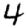
Digit: 4